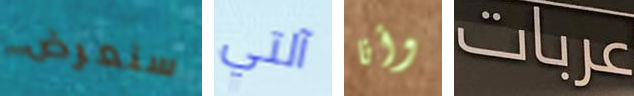
سنعرض آلتي وأنا عربات